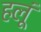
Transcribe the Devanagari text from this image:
हलूं